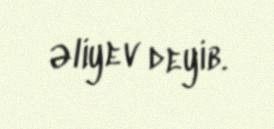
Əliyev deyib.